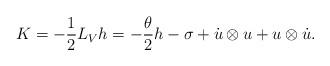
LaTeX: \begin{align*} K=-\frac{1}{2}L_Vh=-\frac{\theta}{2}h-\sigma+\dot{u}\otimes u+u\otimes\dot{u}.\end{align*}